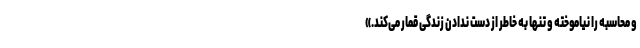
و محاسبه را نیاموخته و تنها به خاطر از دست ندادن زندگی قمار می‌کند.»